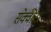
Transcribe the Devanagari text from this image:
सेक्वीटर